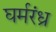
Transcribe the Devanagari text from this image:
घर्मरंध्र